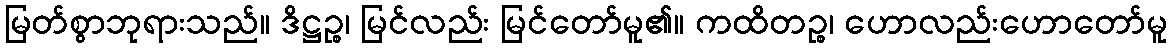
မြတ်စွာဘုရားသည်။ ဒိဋ္ဌဉ္စ၊ မြင်လည်း မြင်တော်မူ၏။ ကထိတဉ္စ၊ ဟောလည်းဟောတော်မူ